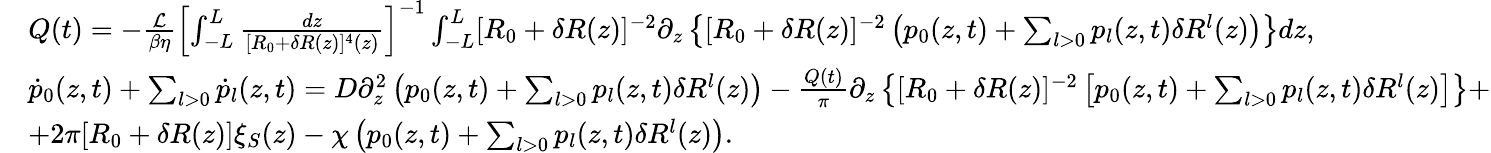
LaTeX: \begin{array}{rl}&{Q(t)=-\frac{\mathcal{L}}{\beta\eta}\left[\int_{-L}^{L}\frac{dz}{[R_{0}+\delta R(z)]^{4}(z)}\right]^{-1}\int_{-L}^{L}[R_{0}+\delta R(z)]^{-2}\partial_{z}\left\{ [R_{0}+\delta R(z)]^{-2}\left(p_{0}(z,t)+\sum_{l>0}p_{l}(z,t)\delta R^{l}(z)\right)\right\} dz,}\\ &{\dot{p}_{0}(z,t)+\sum_{l>0}\dot{p}_{l}(z,t)=D\partial_{z}^{2}\left(p_{0}(z,t)+\sum_{l>0}p_{l}(z,t)\delta R^{l}(z)\right)-\frac{Q(t)}{\pi}\partial_{z}\left\{ [R_{0}+\delta R(z)]^{-2}\left[p_{0}(z,t)+\sum_{l>0}p_{l}(z,t)\delta R^{l}(z)\right]\right\} +}\\ &{+2\pi[R_{0}+\delta R(z)]\xi_{S}(z)-\chi\left(p_{0}(z,t)+\sum_{l>0}p_{l}(z,t)\delta R^{l}(z)\right).}\end{array}